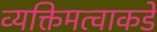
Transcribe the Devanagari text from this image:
व्यक्तिमत्वाकडे